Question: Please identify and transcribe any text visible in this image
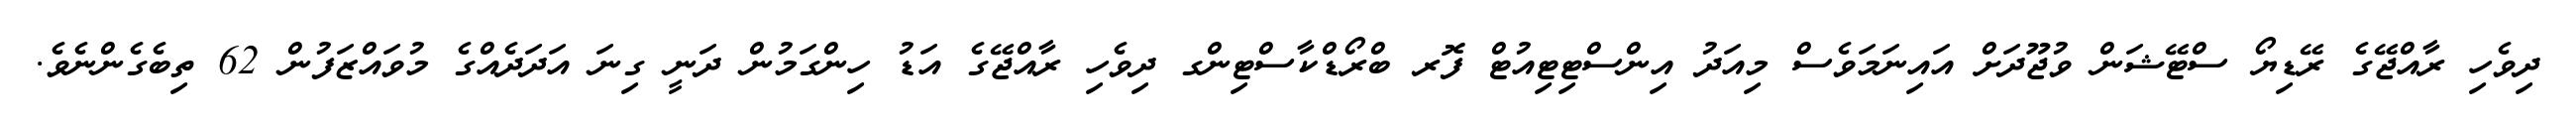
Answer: ދިވެހި ރާއްޖޭގެ ރޭޑިޔޯ ސްޓޭޝަން ވުޖޫދަށް އައިނަމަވެސް މިއަދު އިންސްޓިޓިއުޓް ފޮރ ބްރޯޑްކާސްޓިންގ ދިވެހި ރާއްޖޭގެ އަޑު ހިންގަމުން ދަނީ ގިނަ އަދަދެއްގެ މުވައްޒަފުން 62 ތިބެގެންނެވެ.